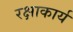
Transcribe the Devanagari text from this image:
रक्षाकार्य